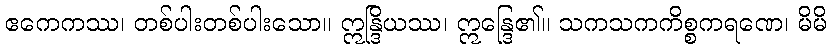
ဧကေကဿ၊ တစ်ပါးတစ်ပါးသော။ ဣန္ဒြိယဿ၊ ဣန္ဒြေ၏။ သကသကကိစ္စကရဏေ၊ မိမိ